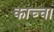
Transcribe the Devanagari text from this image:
काच्चा